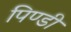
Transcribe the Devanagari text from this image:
पिण्डी